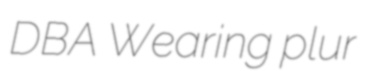
DBA Wearing plur